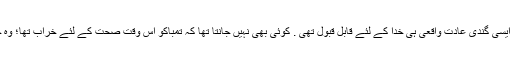
اُس نے اپنے شوہر سے شکایت کی اور وہ حیران تھی کہ کیا اگر ایسی گندی عادت واقعی ہی خدا کے لئے قابل قبول تھی . کوئی بھی نہیں جانتا تھا کہ تمباکو اس وقت صحت کے لئے خراب تھا؛ وہ جانتے تھے کہ اس نے ایک کمرے کو بدبودار اور گندابنا دیا تھا۔